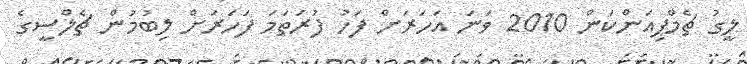
ލީގު ޗެމްޕިއަންކަން 2010 ވަނަ އަހަރަށް ފަހު ފުރަތަމަ ފަހަަރަށް ލިބުމުން ޗެލްސީގެ